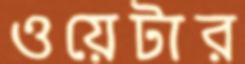
ওয়েটার